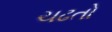
ચઢતો